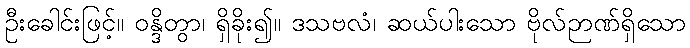
ဦးခေါင်းဖြင့်။ ဝန္ဒိတွာ၊ ရှိခိုး၍။ ဒသဗလံ၊ ဆယ်ပါးသော ဗိုလ်ဉာဏ်ရှိသော